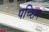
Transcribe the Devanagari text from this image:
पच्शिम